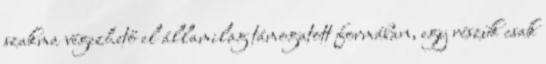
szakma végezhető el államilag támogatott formában, egy részük csak